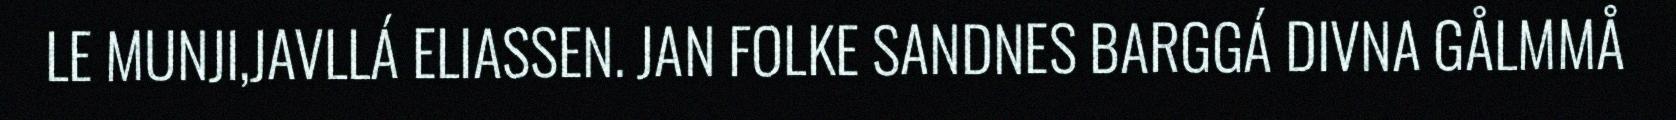
LE MUNJI,JAVLLÁ ELIASSEN. JAN FOLKE SANDNES BARGGÁ DIVNA GÅLMMÅ